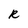
Character: R